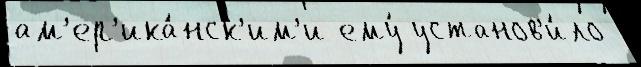
ам'ер'ика́нск'им'и ему́ установ'и́ло